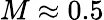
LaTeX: M\approx 0.5